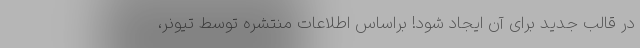
در قالب جدید برای آن ایجاد شود! براساس اطلاعات منتشره توسط تیونر،